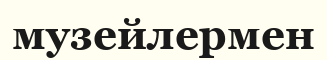
музейлермен